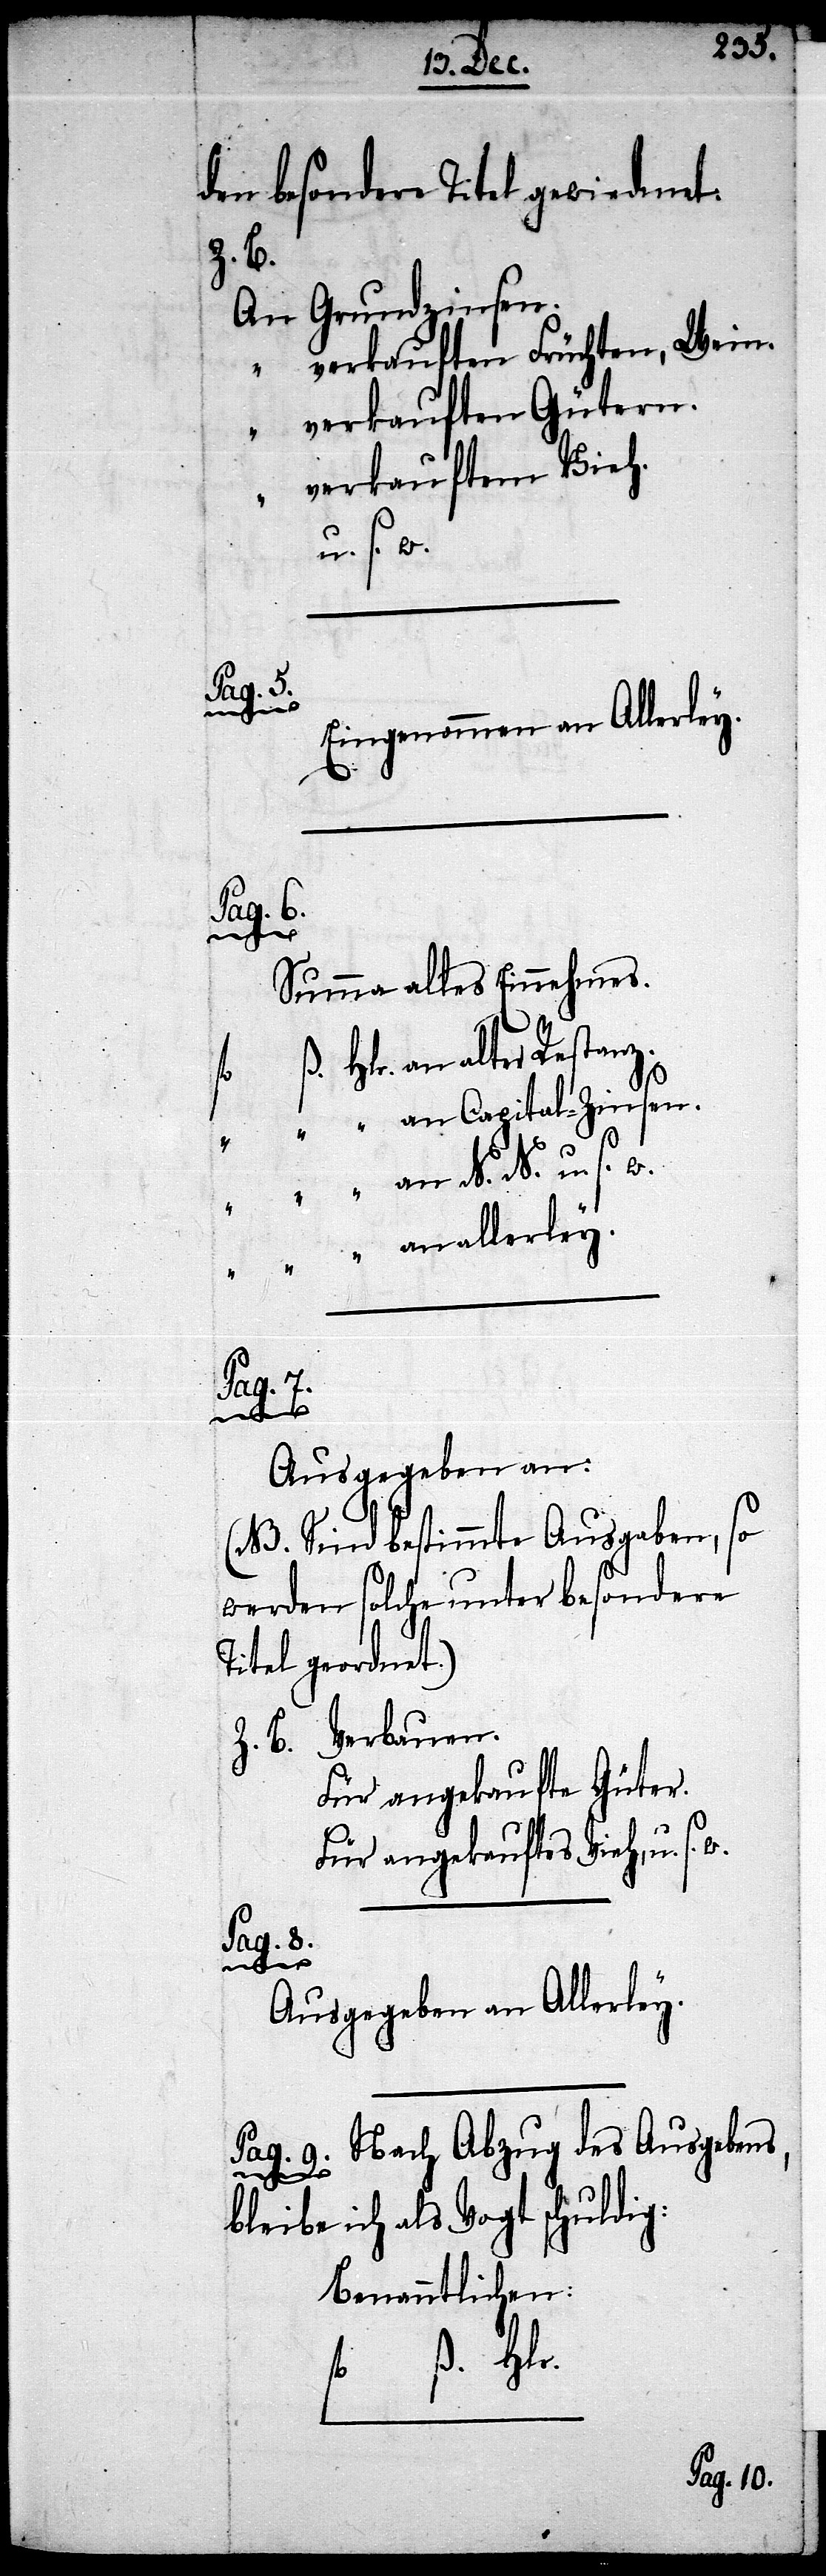
den besondere Titel gewiedmet:
z. B.
An Grundzinsen.
“ verkauften Früchten, Wein.
“ verkauften Gütern.
verkauftem Vieh.
u. s. w.
Pag. 5
Eingenommen an
alter
Summa alles Einnehmes.
________________
(NB. Sind bestimmte Ausgaben, so
werden solche unter besondere
Titel geordnet.)
Z. B. Verbauen.
Für angekaufte Güter.
Für angekauftes Vieh, u. s.
Pag. 8.
Ausgegeben an Allerley.
Pag. 9. Nach Abzug des Ausgeben¬
s,
bleibe ich als Vogt schuldig:
Benanntlichen:
fl. ß. Hlr.